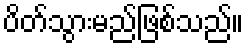
ပိတ်သွားမည်ဖြစ်သည်။